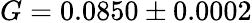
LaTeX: G=0.0850\pm 0.0002